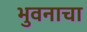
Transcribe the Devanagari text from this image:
भुवनाचा